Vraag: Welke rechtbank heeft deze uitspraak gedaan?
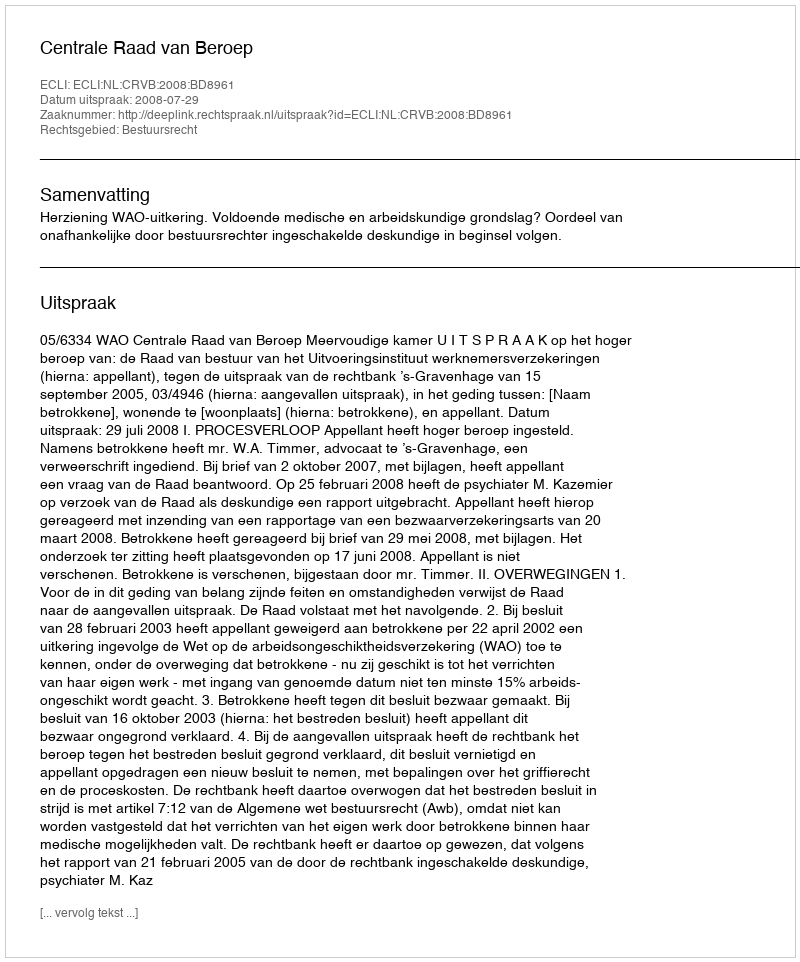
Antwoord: Centrale Raad van Beroep